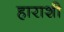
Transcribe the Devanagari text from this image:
हाराशी